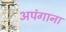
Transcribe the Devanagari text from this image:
अपंगाना